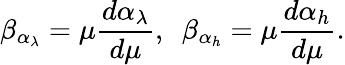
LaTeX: \beta_{\alpha_{\lambda}}=\mu\frac{d\alpha_{\lambda}}{d\mu},~~\beta_{\alpha_{h}}=\mu\frac{d\alpha_{h}}{d\mu}.